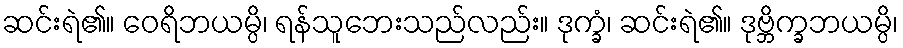
ဆင်းရဲ၏။ ဝေရိဘယမ္ပိ၊ ရန်သူဘေးသည်လည်း။ ဒုက္ခံ၊ ဆင်းရဲ၏။ ဒုဗ္ဘိက္ခဘယမ္ပိ၊